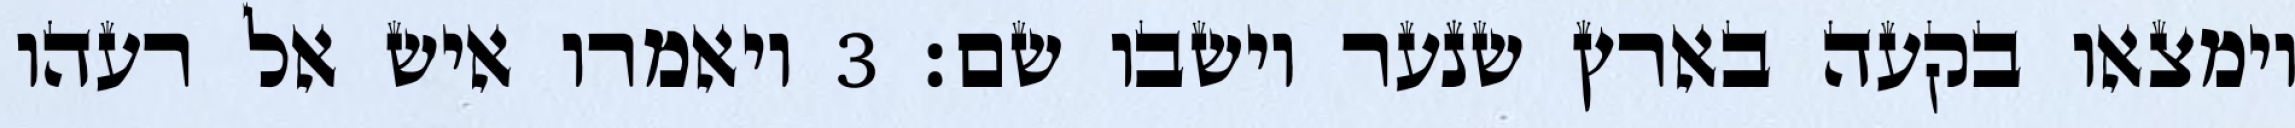
וימצאו בקעה בארץ שנער וישבו שם׃ ‎3‏ ויאמרו איש אל רעהו